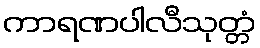
ကာရဏပါလီသုတ္တံ